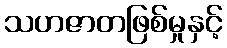
သဟဇာတဖြစ်မှုနှင့်